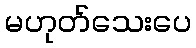
မဟုတ်သေးပေ